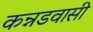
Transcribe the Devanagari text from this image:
कन्नडवासी